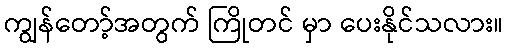
ကျွန်တော့်အတွက် ကြိုတင် မှာ ပေးနိုင်သလား။